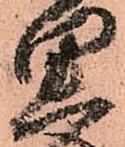
思